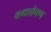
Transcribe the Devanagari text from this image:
श्रमशोषण